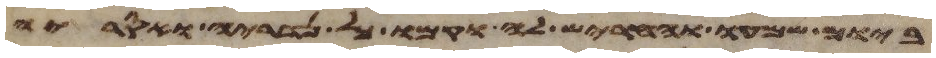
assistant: ביום שמעו וחריש לה וקמו כל נדריה ואסריה